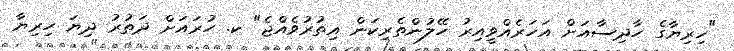
"ހިރިޔާގެ ހާދިސާއަށް އަހަރެއްވީއިރު ހޭލުންތެރިކަން އިތުރުވެއްޖެ" ކ. ހުރައަށް ދަތުރު ދިޔަ ހިރިޔާ